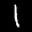
Label: 1